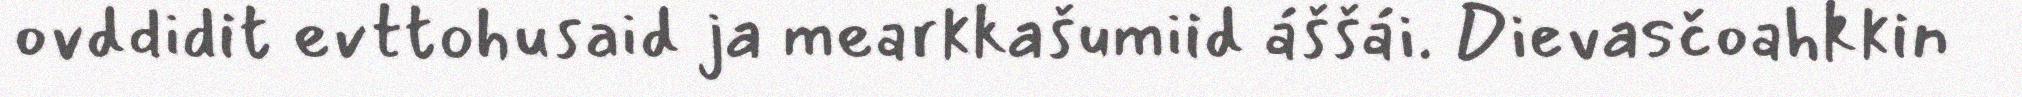
ovddidit evttohusaid ja mearkkašumiid áššái. Dievasčoahkkin